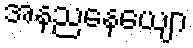
အနညနေယျော